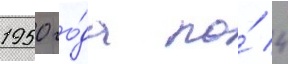
1950 го́да по́ 4